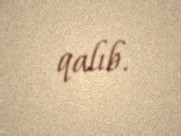
qalıb.